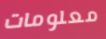
معلومات